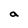
Character: a